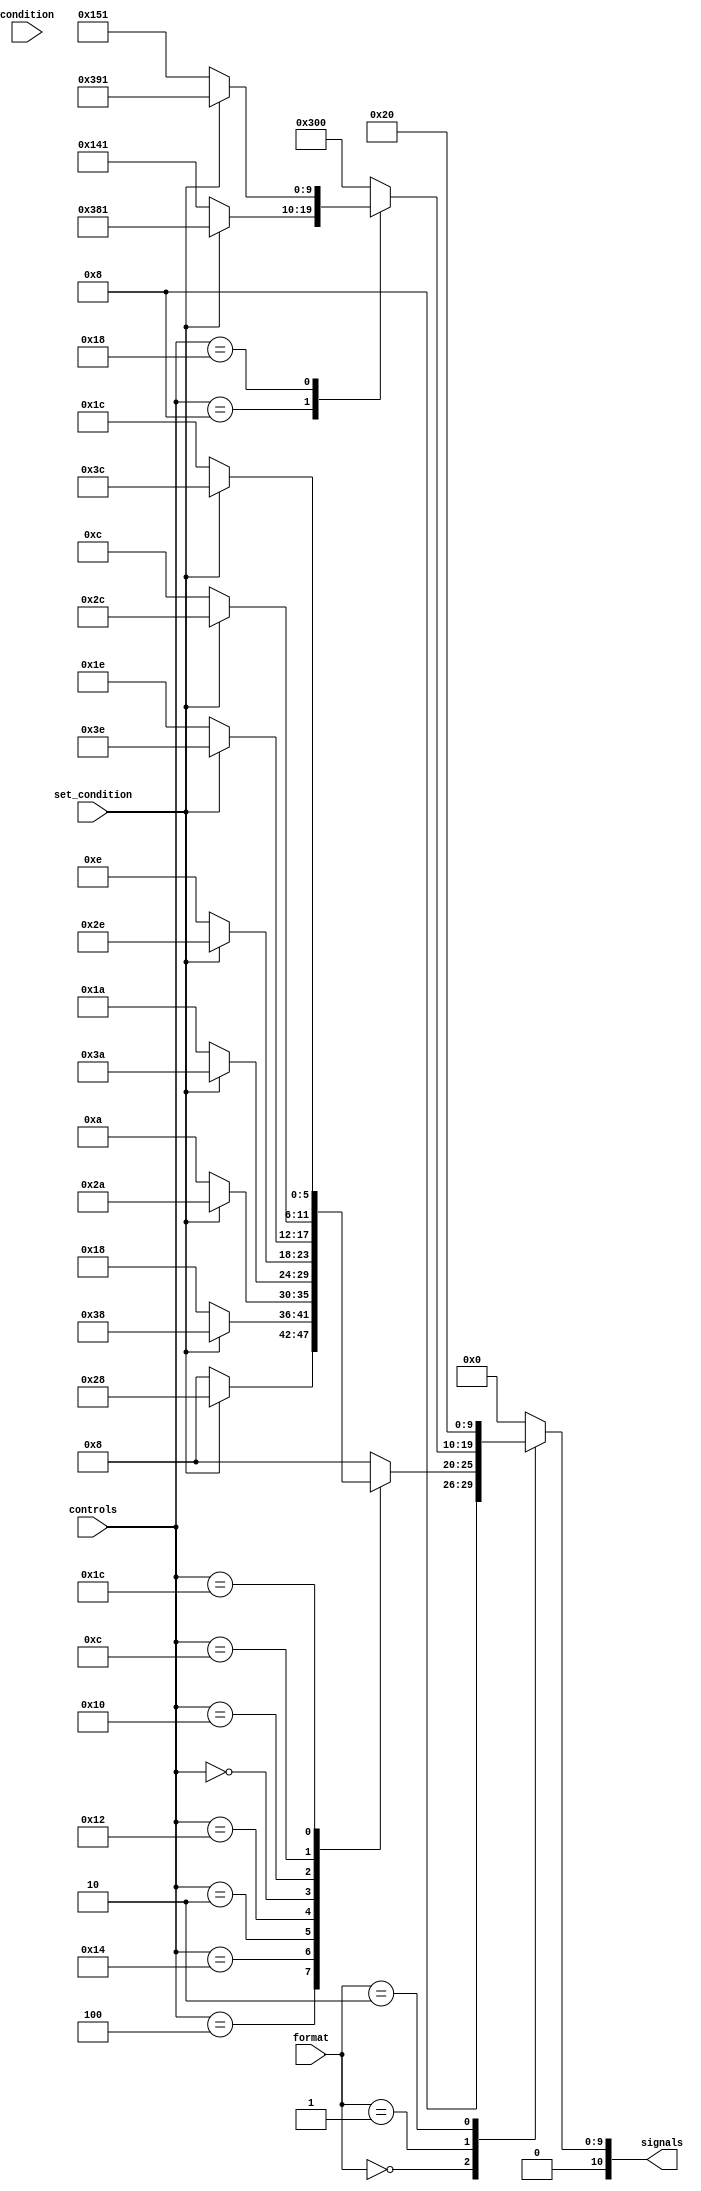
`timescale 1ns / 1ps

module control_unit (
			input [3:0] condition, //[31:28]
			input set_condition,  //[20]
			input [4:0] controls, //[25:21]
			input [1:0] format,   //[27:26]
			output reg [10:0] signals //not actual length
	//last 3 (left) bits of signals will be for alu control [2:0]
	//next bit will be for sign extend mux                  [3]
	//next bit will be for immediate mux                    [4] 
	//next bit will be for comparator                       [5]    
	//next 2 bits are for memory write or read              [7:6]
	//next bit is for wb mux                                [8]
	//next bit is for decode register                       [9] 
	//next bit is for fetch mux                             [10]
					);
	localparam [1:0]  alu = 2'b00,
					  ls = 2'b01,
					  br = 2'b10;
					  
	localparam [4:0]  add = 5'b00100, //alu
					  addi = 5'b10100,
					  sub = 5'b00010,
					  subi = 5'b10010,
					  _and = 5'b00000,
					  andi = 5'b10000,
					  _or = 5'b01100,
					  ori = 5'b11100,
	//not using P U B W bits
					  rm = 5'b01000, //load/store
					  imm = 5'b11000;
	//localparam [3:0]

always @ *
 case(format)
	alu: begin
	  case(controls)
		add: signals = set_condition ? 11'b01000101000 : 11'b01000001000; //add, not actually 1 or 0
		addi: signals = set_condition ? 11'b01000111000 : 11'b01000011000;
		sub: signals = set_condition ? 11'b01000101010 : 11'b01000001010; //subtract
		subi: signals = set_condition ? 11'b01000111010 : 11'b01000011010;
		_and: signals = set_condition ? 11'b01000101110 : 11'b01000001110; //and
		andi: signals = set_condition ? 11'b01000111110 : 11'b01000011110;
		_or: signals = set_condition ? 11'b01000101100 : 11'b01000001100; //or
		ori: signals = set_condition ? 11'b01000111100 : 11'b01000011100;
		default: signals = 11'b01000001000;
	  endcase
	end
	
	ls: begin
	  case(controls)
		rm: signals = set_condition ? 11'b01110000001 : 11'b00101000001; //load/store
		imm: signals = set_condition ? 11'b01110010001 : 11'b00101010001; //immediate load/store
		default: signals = 11'b01100000000;
	  endcase
	end
	
	br: begin
	  case(condition)
		default: signals = 11'b00000100000;
	  endcase
	end
	
	default: signals = 11'b00000000000;
 endcase
endmodule